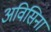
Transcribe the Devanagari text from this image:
अविसिना